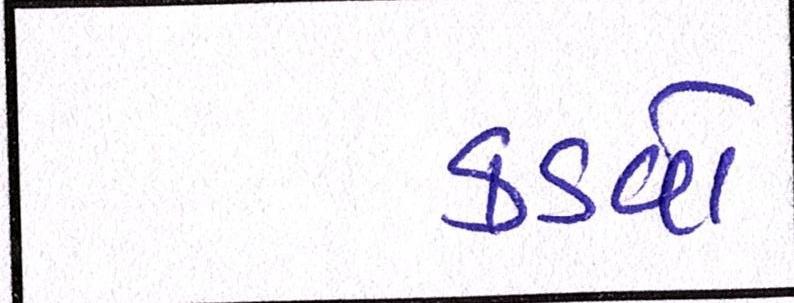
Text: કડવો